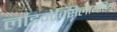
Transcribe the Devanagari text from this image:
लाइमेक्सिलायडिया